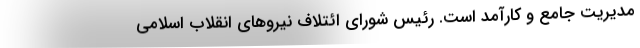
مدیریت جامع و کارآمد است. رئیس شورای ائتلاف نیروهای انقلاب اسلامی